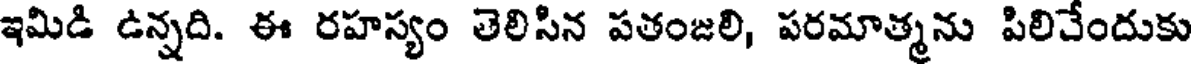
ఇమిడి ఉన్నది. ఈ రహస్యం తెలిసిన పతంజలి, పరమాత్మను పిలిచేందుకు